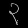
Digit: ၃